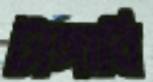
টাঙ্গাবি